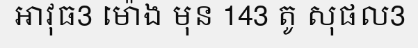
អាវុធ3 ម៉ោង មុន 143 តូ សុផល3